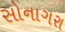
સોનાગરા